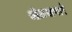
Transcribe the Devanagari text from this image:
ओळखणारे